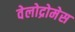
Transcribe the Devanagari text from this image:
वेलोद्रोमेस